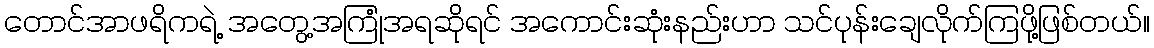
တောင်အာဖရိကရဲ့ အတွေ့အကြုံအရဆိုရင် အကောင်းဆုံးနည်းဟာ သင်ပုန်းချေလိုက်ကြဖို့ဖြစ်တယ်။